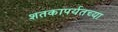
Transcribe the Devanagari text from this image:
शतकापर्यतच्या